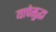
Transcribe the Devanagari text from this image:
याचेसुद्धा